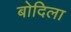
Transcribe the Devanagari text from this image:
बोदिला